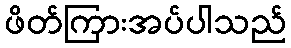
ဖိတ်ကြားအပ်ပါသည်